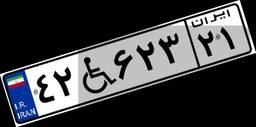
۴۲W۶۲۳۲۱